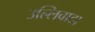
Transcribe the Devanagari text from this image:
उल्लिवादा